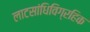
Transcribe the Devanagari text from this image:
लाटसांधिविग्रहिक